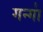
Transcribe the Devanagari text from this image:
गन्गा॑